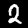
Digit: 2